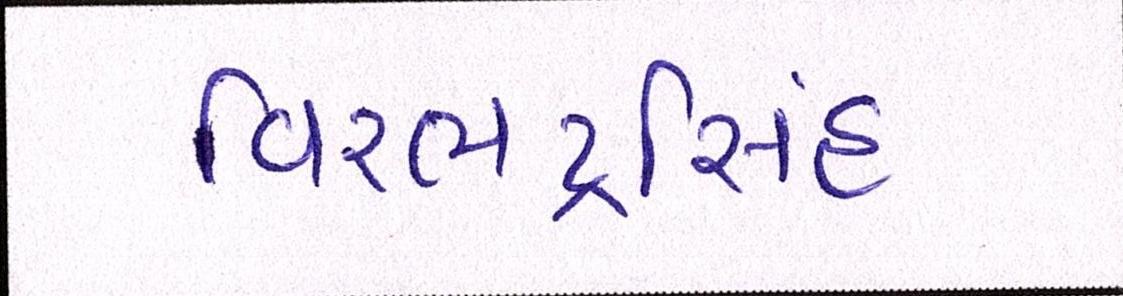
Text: વિરભદ્રસિંહ